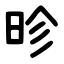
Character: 昣